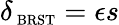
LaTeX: \delta_{\mathrm{\scriptsize~BRST}}=\epsilon s